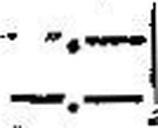
—.—